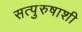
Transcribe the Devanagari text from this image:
सत्पुरुषाशी